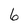
Character: 6